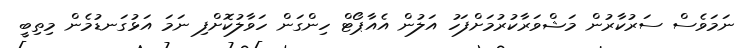
ނަމަވެސް ސަރުކާރުން މަޝްވަރާކުރުމަށްފަހު އަލުން އެއާޕޯޓް ހިންގަން ހަވާލުކޮށްފި ނަމަ އަޅުގަނޑުމެން މިތިބީ